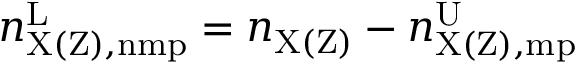
n _ { \mathrm { X ( Z ) , n m p } } ^ { \mathrm { L } } = n _ { \mathrm { X ( Z ) } } - n _ { \mathrm { X ( Z ) , m p } } ^ { \mathrm { U } }